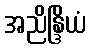
အညိန္ဒြိယံ